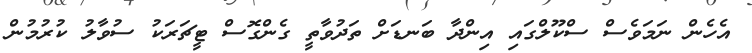
އެހެން ނަމަވެސް ސްކޫލްގައި އިންދާ ބަނޑަށް ތަދުވާތީ ގެންގޮސް ޓީޗަރަކު ސުވާލު ކުރުމުން